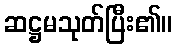
ဆဋ္ဌမသုတ်ပြီး၏။